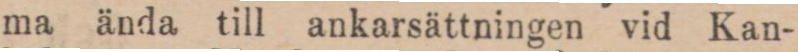
ma ända till ankarsättningen vid Kan-